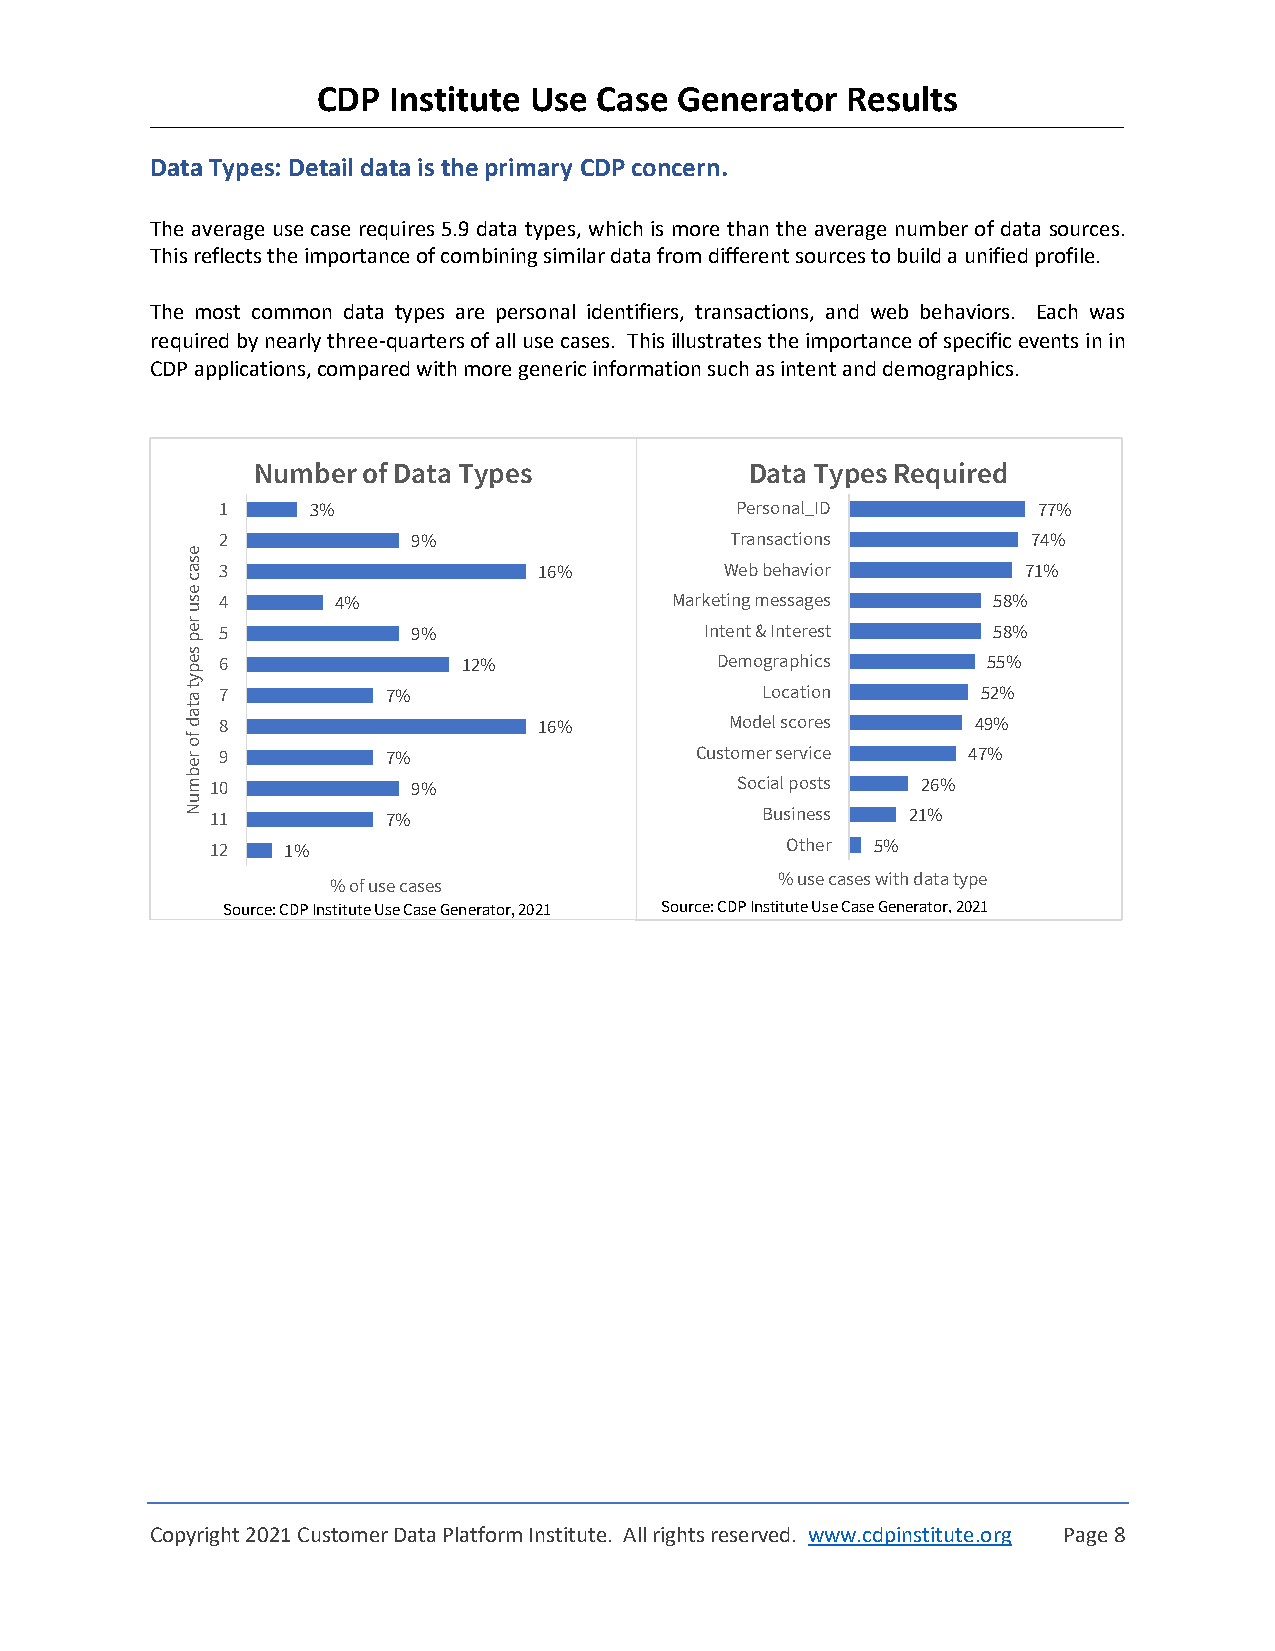
CDP  Institute Use Case Generator  Results
 Data Types: Detail data is the primary CDP concern.
 The average use case requires 5.9 data types, which is more than the average number of data sources.
 This reflects the importance of combining similar data from different sources to build a unified profile.
 The most common data types are personal identifiers, transactions, and web behaviors. Each was
 required by nearly three-quarters of all use cases. This illustrates the importance of specific events in in
 CDP applications, compared with more generic information such as intent and demographics.
 Number of Data Types             Data Types Required
 1     3%                          Personal_ID         77%
 2           9%                   Transactions        74%
 e
 s
 a  3                    16%         Web behavior        71%
 c
 e
 s u 4     4%                    Marketing messages    58%
 r
 e p 5          9%                  Intent & Interest  58%
 s
 e p 6              12%              Demographics     55%
 y
 t a 7         7%                      Location       52%
 t
 a
 d  8                    16%         Model scores     49%
 fo
 r  9          7%                  Customer service  47%
 e
 b
 m 10           9%                    Social posts 26%
 u
 N 11          7%                      Business  21%
 12   1%                               Other 5%
 % use cases with data type
 % of use cases
 Source: CDP Institute Use Case Generator,2021 Source:CDP Institute Use Case Generator, 2021
 Copyright 2021 Customer Data Platform Institute. All rights reserved. www.cdpinstitute.org Page 8